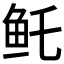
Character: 𱇏